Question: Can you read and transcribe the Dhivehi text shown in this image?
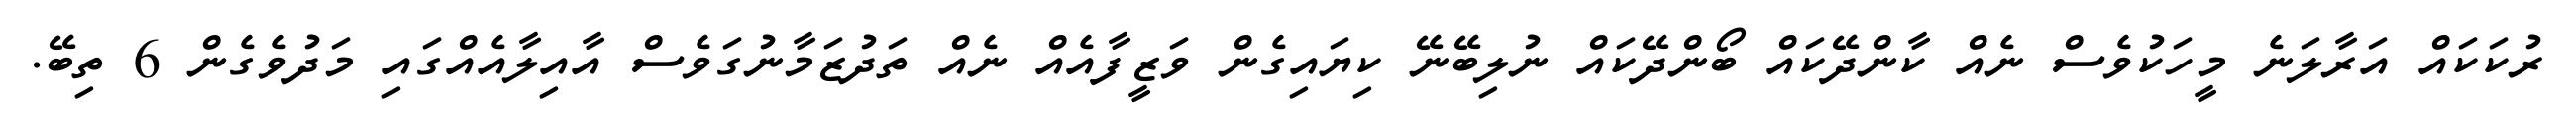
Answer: ރުކަކައް އަރާލަނެ މީހަކުވެސް ނެއް ކާންދޭކައް ބޯންދޭކައް ނުލިބޭނޭ ކިޔައިގެން ވަޒީފާއެއް ނެއް ތަދުޒަމާނުގަވެސް އާއިލާއެއްގައި މަދުވެގެން 6 ތިބޭ.